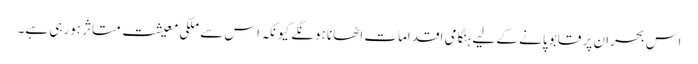
اس بحران پر قابو پانے کے لیے ہنگامی اقدامات اٹھانا ہونگے کیونکہ اس سے ملکی معیشت متاثر ہورہی ہے۔